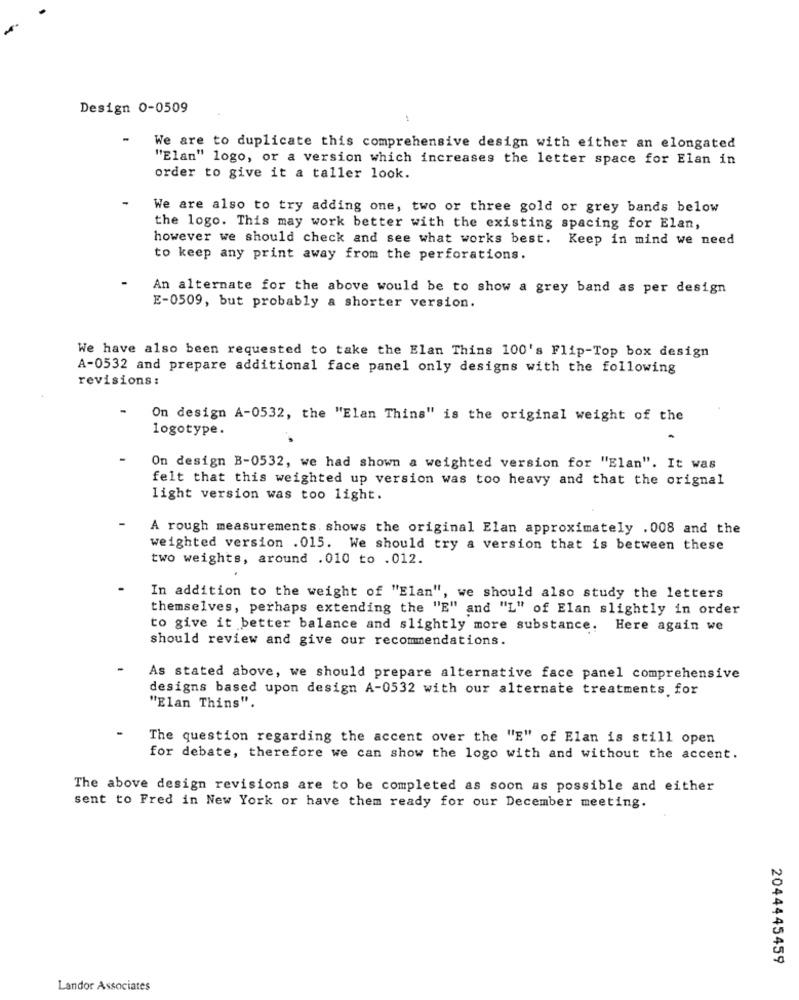
Design 0-0509
1
We are to duplicate this comprehensive design with either an elongated
"Elan" logo, or a version which increases the letter space for Elan in
order to give it a taller look.
We are also to try adding one, two or three gold or grey bands below
the logo. This may work better with the existing spacing for Elan,
however we should check and see what works best.
Keep in mind we need
to keep any print away from the perforations.
An alternate for the above would be to show a grey band as per design
E-0509, but probably a shorter version.
We have also been requested to take the Elan Thins 100's Flip-Top box design
A-0532 and prepare additional face panel only designs with the following
revisions:
On design A-0532, the "Elan Thins" is the original weight of the
logotype.
On design B-0532, we had shown a weighted version for "Elan". It was
felt that this weighted up version was too heavy and that the orignal
light version was too light.
A rough measurements. shows the original Elan approximately . 008 and the
weighted version .015. We should try a version that is between these
two weights, around .010 to .012.
In addition to the weight of "Elan", we should also study the letters
themselves, perhaps extending the "E" and "L" of Elan slightly in order
to give it better balance and slightly more substance. Here again we
should review and give our recommendations.
As stated above, we should prepare alternative face panel comprehensive
designs based upon design A-0532 with our alternate treatments for
"Elan Thins".
The question regarding the accent over the "E" of Elan is still open
for debate, therefore we can show the logo with and without the accent.
The above design revisions are to be completed as soon as possible and either
sent to Fred in New York or have them ready for our December meeting.
2044445459
Landor Associates